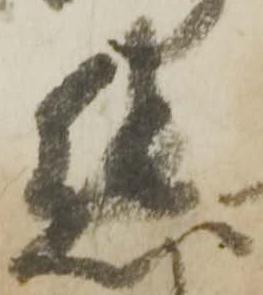
態